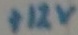
Text: +12V